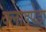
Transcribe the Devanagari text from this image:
क्लाइपेडा